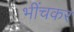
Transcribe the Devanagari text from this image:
भींचकर